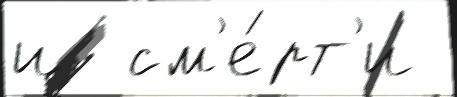
и  см'е́рт'и